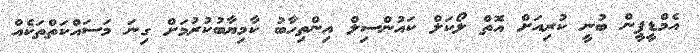
އެމްޑީޕީން ބުނީ ކުރިއަށް އޮތް ލޯކަލް ކައުންސިލް އިންތިހާބު ކާމިޔާބުކުރުމަށް ގިނަ މަސައްކަތްތަކެއް